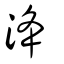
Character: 洚